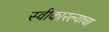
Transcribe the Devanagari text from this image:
स्वीकारल्याचा